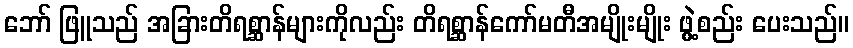
ဘော် ဖြူသည် အခြားတိရစ္ဆာန်များကိုလည်း တိရစ္ဆာန်ကော်မတီအမျိုးမျိုး ဖွဲ့စည်း ပေးသည်။